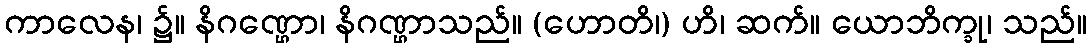
ကာလေန၊ ၌။ နိဂဏ္ဌော၊ နိဂဏ္ဌာသည်။ (ဟောတိ၊) ဟိ၊ ဆက်။ ယောဘိက္ခု၊ သည်။